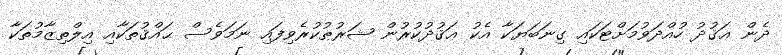
ދެން ޢަޤުދު ހުއްދަވުމަށްޓަކައި ގިނަބަޔަކާ އެކު ޢަޤުދުކުރުން ޝަރުޠުކުރެވިފައި ނަމަވެސް ޙައްޤުތަކާއި އިލްތިޒާމުތަކާ